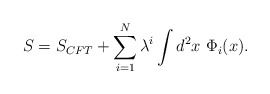
\begin{align*}S=S_{CFT}+\sum_{i=1}^N\lambda^i \int d^2 x\ \Phi_i(x). \end{align*}